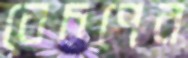
বেচপের